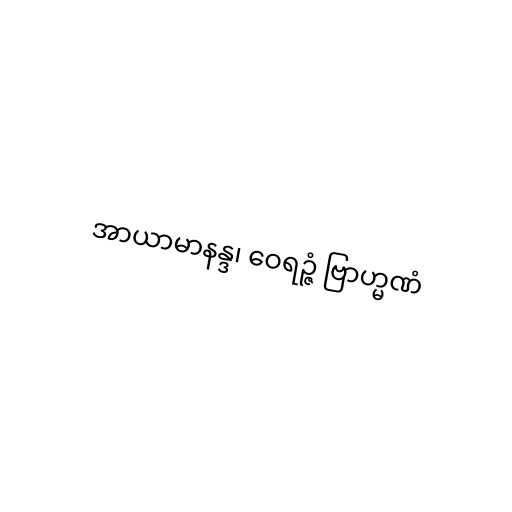
အာယာမာနန္ဒ၊ ဝေရဉ္ဇံ ဗြာဟ္မဏံ